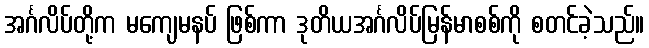
အင်္ဂလိပ်တို့က မကျေမနပ် ဖြစ်ကာ ဒုတိယအင်္ဂလိပ်မြန်မာစစ်ကို စတင်ခဲ့သည်။